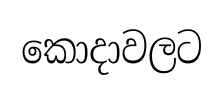
කොදාවලට